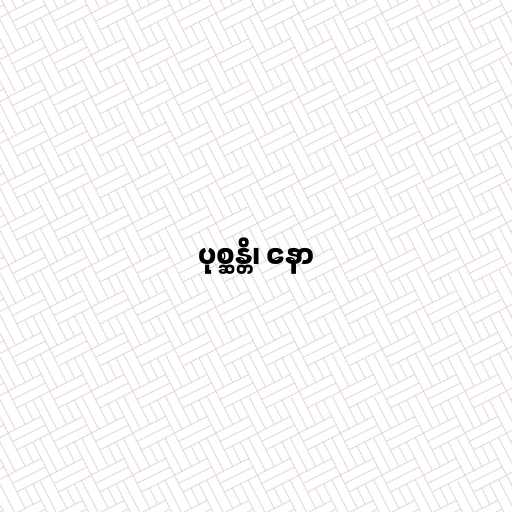
ပုစ္ဆန္တိ၊ နော